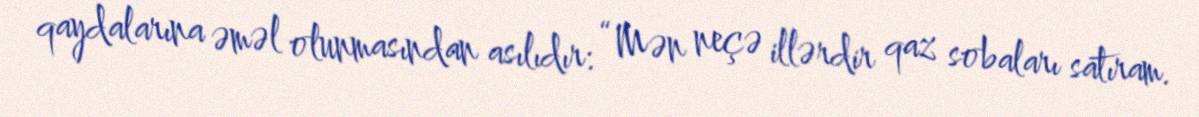
qaydalarına əməl olunmasından asılıdır: “Mən neçə illərdir qaz sobaları satıram.